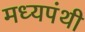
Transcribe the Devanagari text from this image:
मध्यपंथी